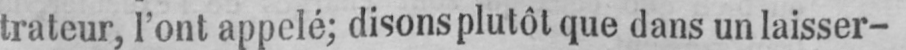
trateur, l’ont appelé; disons plutôt que dans un laisser-